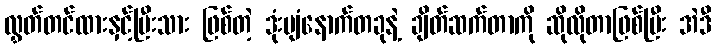
လွှတ်တင်ထားနှင့်ပြီးသား ဖြစ်တဲ့ ဒုံးပျံနောက်တခုနဲ့ ချိတ်ဆက်တာကို ဆိုလိုတာဖြစ်ပြီး အဲဒီ